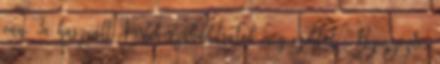
van. 3x használt. Kérlek szabadítsatok meg ezektől ; Bejegyezte: